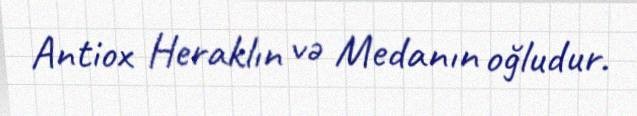
Antiox Heraklın və Medanın oğludur.